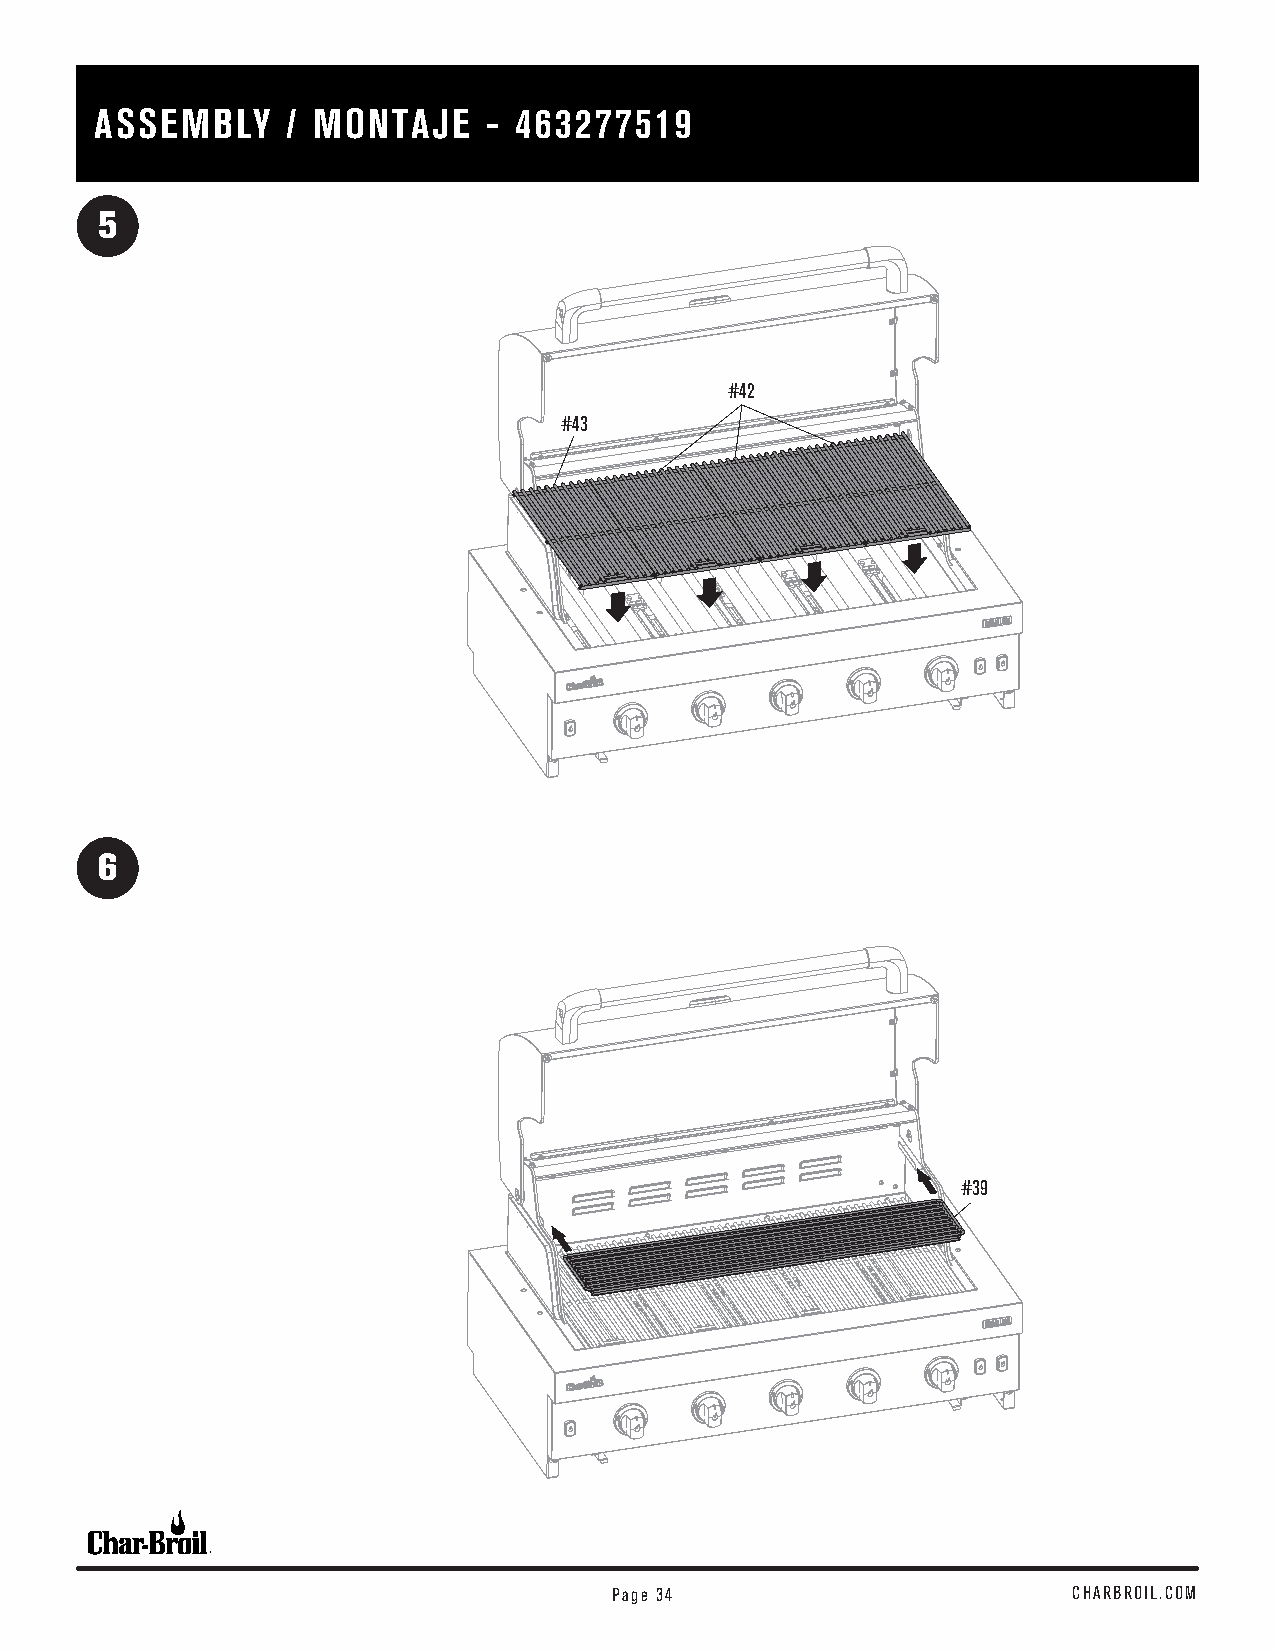
ASSEMBLY     / MONTAJE    - 463277519
 5
 #42
 #43
 6
 #39
 Page 34                       CHARBROIL.COM